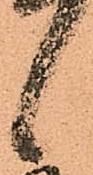
候